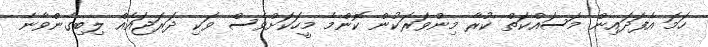
ހަމަ އެފަދައިން މަސައްކަތް ކުރާ މިންވަރަކުން ކޮންމެ މީހަކަށްވެސް ވަކި ދަރަޖައެއް ލިބިގެންވާނެ